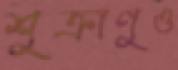
শুক্রাণুও